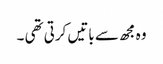
وہ مجھ سے باتیں کرتی تھی ۔